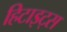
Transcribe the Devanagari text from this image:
हिटाइट्स